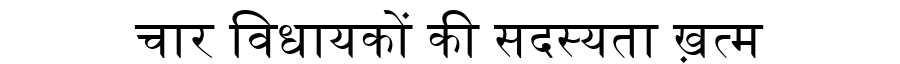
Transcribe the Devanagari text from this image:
चार विधायकों की सदस्यता ख़त्म